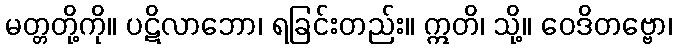
မတ္တတို့ကို။ ပဋိလာဘော၊ ရခြင်းတည်း။ ဣတိ၊ သို့။ ဝေဒိတဗ္ဗော၊